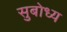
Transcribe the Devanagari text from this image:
सुबोध्य